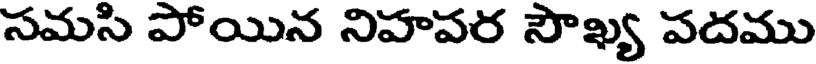
సమసి పోయిన నిహపర సౌఖ్య పదము